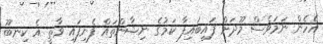
އެހެން ނަމަވެސް މޫދަށް ފައިބައިފާ ކަމުގެ ނިޝާންތައް ފެނިފައި ވާތީ އެ ކިނބޫ